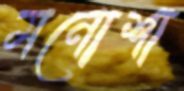
মনোশা